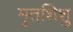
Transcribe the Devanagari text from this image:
मृतशिशु